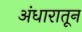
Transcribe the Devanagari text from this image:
अंधारातून